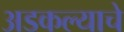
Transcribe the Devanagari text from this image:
अडकल्याचे